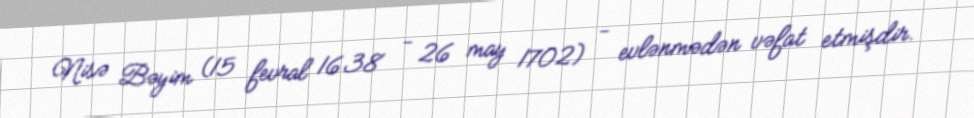
Nisə Bəyim (15 fevral 1638 - 26 may 1702) - evlənmədən vəfat etmişdir.